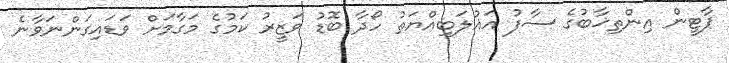
ޕާޓީން އިންތިޚާބުގެ ސާފު އަޣުލަބިއްޔަތު ހޯދާ ބޮޑު ވަޒީރު ކަމުގެ މަގާމަށް ވަޑައިގަންނަވާނެ